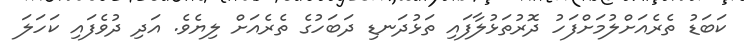
ކަބަޑު ތެރެއަށްލުމަށްފަހު ދޮރުތަޅުލާފައި ތަޅުދަނޑި ދަބަހުގެ ތެރެއަށް ލިޔެވެ. އަދި ދުވެފައި ކަހަލަ